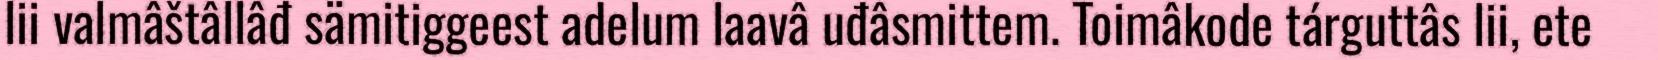
lii valmâštâllâđ sämitiggeest adelum laavâ uđâsmittem. Toimâkode tárguttâs lii, ete